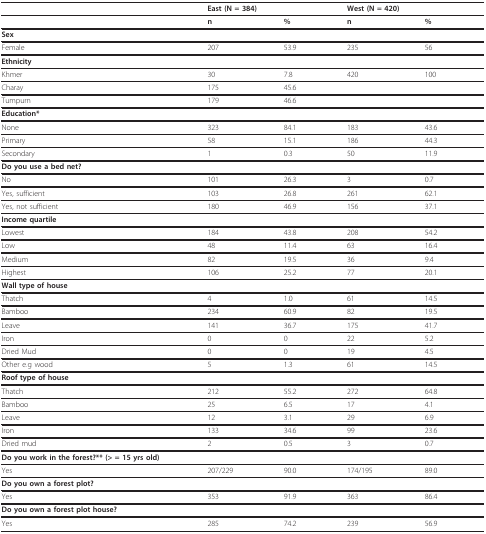
<table><thead><tr><td></td><td colspan="2"><b>East (N = 384)</b></td><td colspan="2"><b>West (N = 420)</b></td></tr></thead><tbody><tr><td></td><td><b>n</b></td><td><b>%</b></td><td><b>n</b></td><td><b>%</b></td></tr><tr><td><b>Sex</b></td><td></td><td></td><td></td><td></td></tr><tr><td>Female</td><td>207</td><td>53.9</td><td>235</td><td>56</td></tr><tr><td><b>Ethnicity</b></td><td></td><td></td><td></td><td></td></tr><tr><td>Khmer</td><td>30</td><td>7.8</td><td>420</td><td>100</td></tr><tr><td>Charay</td><td>175</td><td>45.6</td><td></td><td></td></tr><tr><td>Tumpurn</td><td>179</td><td>46.6</td><td></td><td></td></tr><tr><td><b>Education*</b></td><td></td><td></td><td></td><td></td></tr><tr><td>None</td><td>323</td><td>84.1</td><td>183</td><td>43.6</td></tr><tr><td>Primary</td><td>58</td><td>15.1</td><td>186</td><td>44.3</td></tr><tr><td>Secondary</td><td>1</td><td>0.3</td><td>50</td><td>11.9</td></tr><tr><td><b>Do you use a bed net?</b></td><td></td><td></td><td></td><td></td></tr><tr><td>No</td><td>101</td><td>26.3</td><td>3</td><td>0.7</td></tr><tr><td>Yes, sufficient</td><td>103</td><td>26.8</td><td>261</td><td>62.1</td></tr><tr><td>Yes, not sufficient</td><td>180</td><td>46.9</td><td>156</td><td>37.1</td></tr><tr><td><b>Income quartile</b></td><td></td><td></td><td></td><td></td></tr><tr><td>Lowest</td><td>184</td><td>43.8</td><td>208</td><td>54.2</td></tr><tr><td>Low</td><td>48</td><td>11.4</td><td>63</td><td>16.4</td></tr><tr><td>Medium</td><td>82</td><td>19.5</td><td>36</td><td>9.4</td></tr><tr><td>Highest</td><td>106</td><td>25.2</td><td>77</td><td>20.1</td></tr><tr><td><b>Wall type of house</b></td><td></td><td></td><td></td><td></td></tr><tr><td>Thatch</td><td>4</td><td>1.0</td><td>61</td><td>14.5</td></tr><tr><td>Bamboo</td><td>234</td><td>60.9</td><td>82</td><td>19.5</td></tr><tr><td>Leave</td><td>141</td><td>36.7</td><td>175</td><td>41.7</td></tr><tr><td>Iron</td><td>0</td><td>0</td><td>22</td><td>5.2</td></tr><tr><td>Dried Mud</td><td>0</td><td>0</td><td>19</td><td>4.5</td></tr><tr><td>Other e.g wood</td><td>5</td><td>1.3</td><td>61</td><td>14.5</td></tr><tr><td><b>Roof type of house</b></td><td></td><td></td><td></td><td></td></tr><tr><td>Thatch</td><td>212</td><td>55.2</td><td>272</td><td>64.8</td></tr><tr><td>Bamboo</td><td>25</td><td>6.5</td><td>17</td><td>4.1</td></tr><tr><td>Leave</td><td>12</td><td>3.1</td><td>29</td><td>6.9</td></tr><tr><td>Iron</td><td>133</td><td>34.6</td><td>99</td><td>23.6</td></tr><tr><td>Dried mud</td><td>2</td><td>0.5</td><td>3</td><td>0.7</td></tr><tr><td><b>Do you work in the forest?** (&gt; = 15 yrs old)</b></td><td></td><td></td><td></td><td></td></tr><tr><td>Yes</td><td>207/229</td><td>90.0</td><td>174/195</td><td>89.0</td></tr><tr><td><b>Do you own a forest plot?</b></td><td></td><td></td><td></td><td></td></tr><tr><td>Yes</td><td>353</td><td>91.9</td><td>363</td><td>86.4</td></tr><tr><td><b>Do you own a forest plot house?</b></td><td></td><td></td><td></td><td></td></tr><tr><td>Yes</td><td>285</td><td>74.2</td><td>239</td><td>56.9</td></tr></tbody></table>